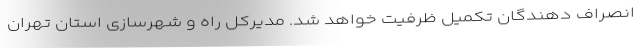
انصراف دهندگان تکمیل ظرفیت خواهد شد. مدیرکل راه و شهرسازی استان تهران